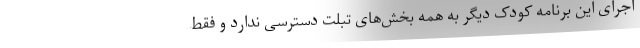
اجرای این برنامه کودک دیگر به همه بخش‌های تبلت دسترسی ندارد و فقط